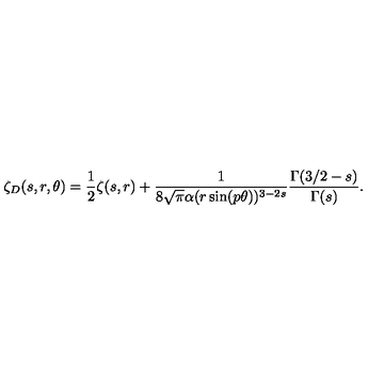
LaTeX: \zeta _ { D } ( s , r , \theta ) = \frac { 1 } { 2 } \zeta ( s , r ) + \frac { 1 } { 8 \sqrt \pi \alpha ( r \sin ( p \theta ) ) ^ { 3 - 2 s } } \frac { \Gamma ( 3 / 2 - s ) } { \Gamma ( s ) } { . }